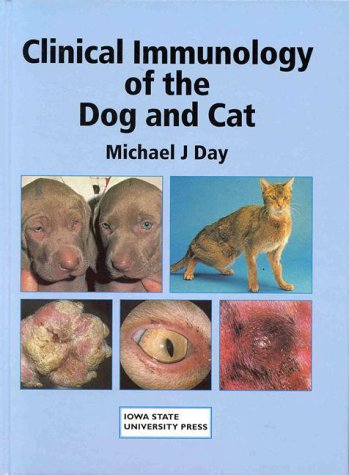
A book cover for Clinical Immunology of the Dog and Cat (A Color Atlas); Michael J. Day; Medical Books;